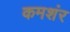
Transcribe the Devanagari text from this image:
कमशंर